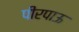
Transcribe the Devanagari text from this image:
पीरपाऊ